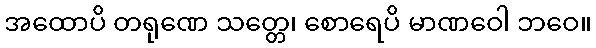
အထောပိ တရုဏေ သတ္တေ၊ စောရေပိ မာဏဝေါ ဘဝေ။